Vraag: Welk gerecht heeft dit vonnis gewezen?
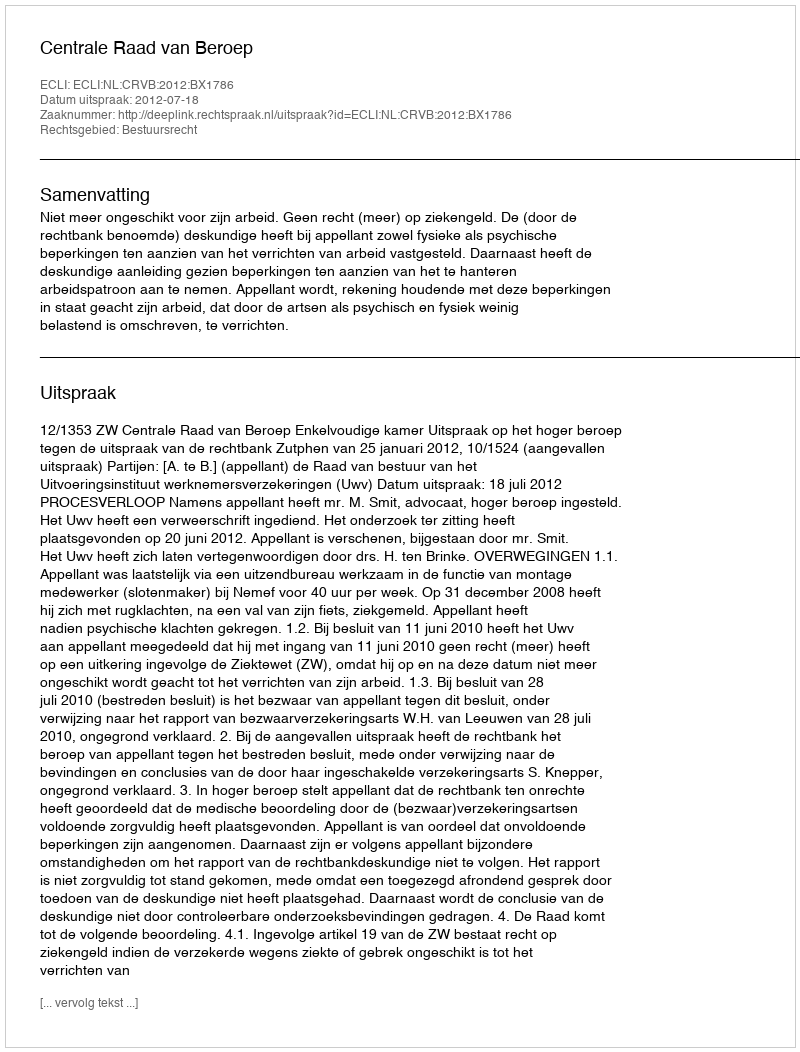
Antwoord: Centrale Raad van Beroep